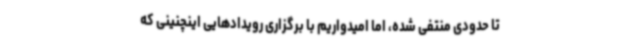
تا حدودی منتفی شده، اما امیدواریم با برگزاری رویدادهایی اینچنینی که